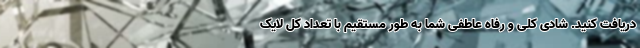
دریافت کنید. شادی کلی و رفاه عاطفی شما به طور مستقیم با تعداد کل لایک